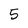
Character: 5